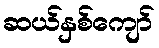
ဆယ်နှစ်ကျော်